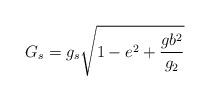
LaTeX: \begin{align*}G_s=g_s\sqrt{1-e^2+\frac{gb^2}{g_2}}\end{align*}